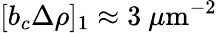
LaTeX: [b_{c}\Delta\rho]_{1}\approx 3~\mu\textrm{m}^{-2}